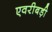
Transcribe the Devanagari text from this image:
एवरीबड़ी